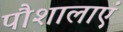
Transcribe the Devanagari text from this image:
पौशालाएं